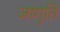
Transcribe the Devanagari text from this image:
जागृति